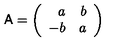
{ \sf A } = \left( \begin{array} { r r } { a } & { b } \\ { - b } & { a } \\ \end{array} \right)